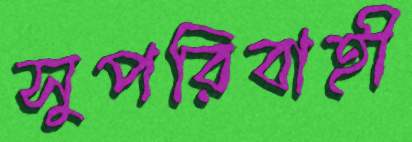
সুপরিবাহী